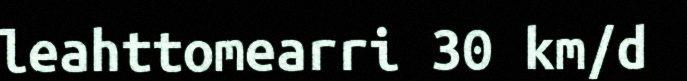
leahttomearri 30 km/d